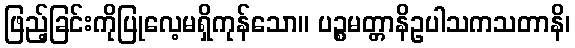
ဖြည့်ခြင်းကိုပြုလေ့မရှိကုန်သော။ ပဉ္စမတ္တာနိဥပါသကသတာနိ၊